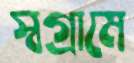
স্বগ্রামে